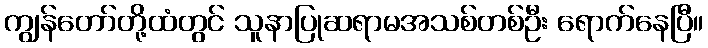
ကျွန်တော်တို့ထံတွင် သူနာပြုဆရာမအသစ်တစ်ဦး ရောက်နေပြီ။